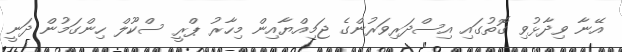
އޭނާ ވިދާޅުވި ގޮތުގައި އިސްދަރިވަރުންގެ ޖަމިއްޔާއިން މިހާރު ޕްރީ ސްކޫލް ހިންގަމުން ދަނީ